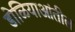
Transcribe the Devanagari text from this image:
डोळियाआंतील